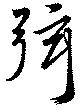
弦